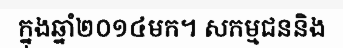
ក្នុងឆ្នាំ២០១៤មក។ សកម្មជននិង